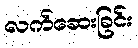
လက်ဆေးခြင်း